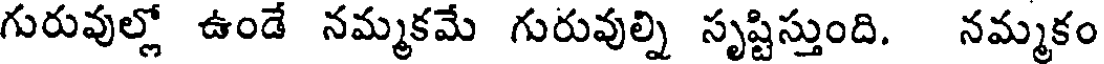
గురువుల్లో ఉండే నమ్మకమే గురువుల్ని సృష్టిస్తుంది. నమ్మకం